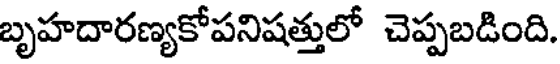
బృహదారణ్యకోపనిషత్తులో చెప్పబడింది.